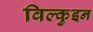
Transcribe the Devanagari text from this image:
विल्कुइन